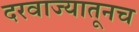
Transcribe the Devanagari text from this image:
दरवाज्यातूनच